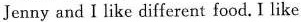
Jenny and I like different food. I like